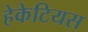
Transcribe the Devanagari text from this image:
हेकेटियस